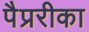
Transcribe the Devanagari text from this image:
पैप्ररीका